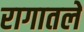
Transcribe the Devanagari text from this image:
रागातले